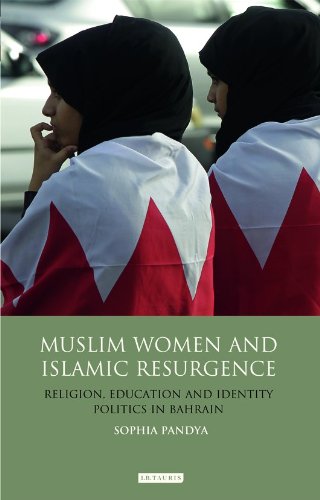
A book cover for Muslim Women and Islamic Resurgence: Religion, Education and Identity Politics in Bahrain (Library of Modern Middle East Studies); Sophia Pandya; History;